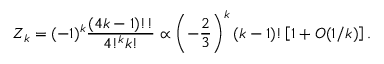
Z _ { k } = ( - 1 ) ^ { k } { \frac { ( 4 k - 1 ) ! ! } { 4 ! ^ { k } k ! } } \propto \left( - { \frac { 2 } { 3 } } \right) ^ { k } ( k - 1 ) ! \left[ 1 + O ( 1 / k ) \right] .